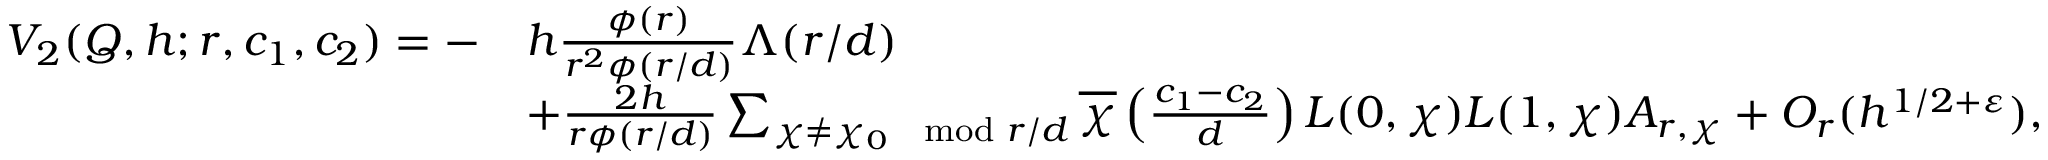
\begin{array} { r l } { V _ { 2 } ( Q , h ; r , c _ { 1 } , c _ { 2 } ) = - } & { h \frac { \phi ( r ) } { r ^ { 2 } \phi ( r / d ) } \Lambda ( r / d ) } \\ & { + \frac { 2 h } { r \phi ( r / d ) } \sum _ { \chi \ne \chi _ { 0 } \mod { r / d } } \overline { { \chi } } \left( \frac { c _ { 1 } - c _ { 2 } } { d } \right) L ( 0 , \chi ) L ( 1 , \chi ) A _ { r , \chi } + O _ { r } ( h ^ { 1 / 2 + \varepsilon } ) , } \end{array}